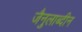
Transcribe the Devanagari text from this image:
जैनुलाब्दीन